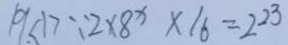
1 9 < 1 > \because 2 \times 8 x \times 1 6 = 2 2 3